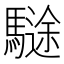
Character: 𩥽